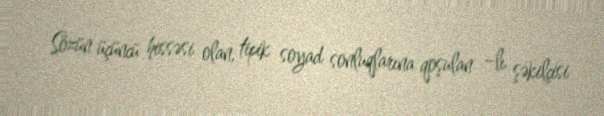
Sözün üçüncü hissəsi olan, tipik soyad sonluqlarına qoşulan –lı şəkilçisi